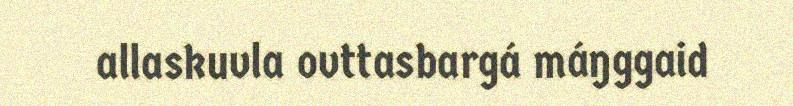
allaskuvla ovttasbargá máŋggaid